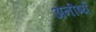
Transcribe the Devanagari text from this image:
अनीर्ष्य